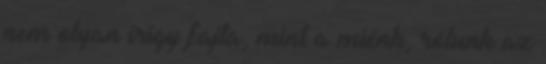
nem olyan irígy fajta, mint a miénk, rólunk az